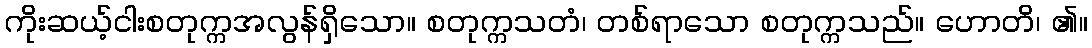
ကိုးဆယ့်ငါးစတုက္ကအလွန်ရှိသော။ စတုက္ကသတံ၊ တစ်ရာသော စတုက္ကသည်။ ဟောတိ၊ ၏။